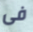
فى